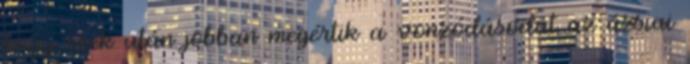
hogy ezek után jobban megértik a vonzódásodat az ázsiai